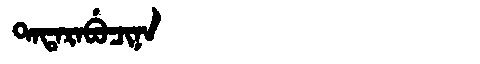
Manchu: ᡨᠠᡨᠠᡵᠠᠪᡠᠴᡳᠨᠠ
Romanization: TATARABUCINA